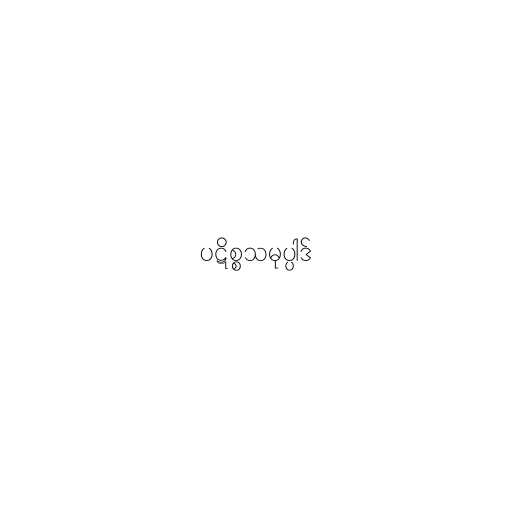
ပဋိစ္စသမုပ္ပါဒ်